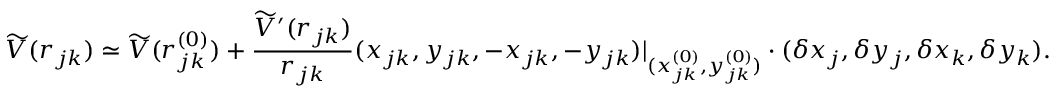
\widetilde { V } ( r _ { j k } ) \simeq \widetilde { V } ( r _ { j k } ^ { ( 0 ) } ) + \frac { \widetilde { V } ^ { \prime } ( r _ { j k } ) } { r _ { j k } } ( x _ { j k } , y _ { j k } , - x _ { j k } , - y _ { j k } ) | _ { ( x _ { j k } ^ { ( 0 ) } , y _ { j k } ^ { ( 0 ) } ) } \cdot ( \delta x _ { j } , \delta y _ { j } , \delta x _ { k } , \delta y _ { k } ) .